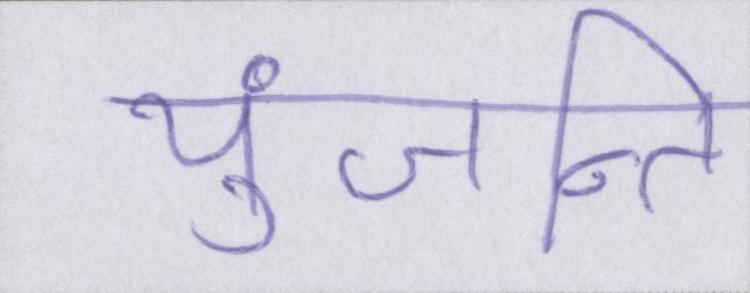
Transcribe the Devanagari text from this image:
युंजन्ति